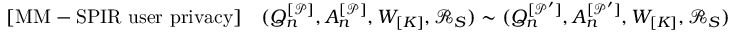
\begin{array} { r } { \mathrm { [ M M - S P I R ~ u s e r ~ p r i v a c y ] } \quad ( Q _ { n } ^ { [ \mathcal { P } ] } , A _ { n } ^ { [ \mathcal { P } ] } , W _ { [ K ] } , \mathcal { R } _ { S } ) \sim ( Q _ { n } ^ { [ \mathcal { P } ^ { \prime } ] } , A _ { n } ^ { [ \mathcal { P } ^ { \prime } ] } , W _ { [ K ] } , \mathcal { R } _ { S } ) } \end{array}